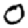
Digit: 0